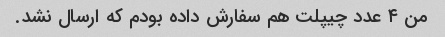
من ۴ عدد چیپلت هم سفارش داده بودم که ارسال نشد.